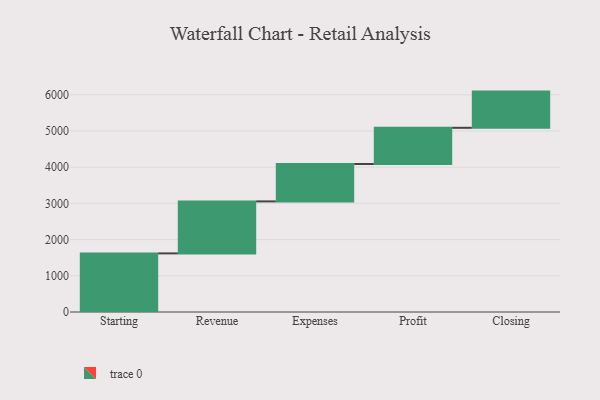
{"axis": {"x": "Step", "y": "Value"}, "legend": [""], "data": [{"x": "Starting", "y": 1619.0, "type": ""}, {"x": "Revenue", "y": 1436.0, "type": ""}, {"x": "Expenses", "y": 1033.0, "type": ""}, {"x": "Profit", "y": 1000, "type": ""}, {"x": "Closing", "y": 1000, "type": ""}]}